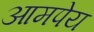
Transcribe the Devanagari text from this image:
आमपेय